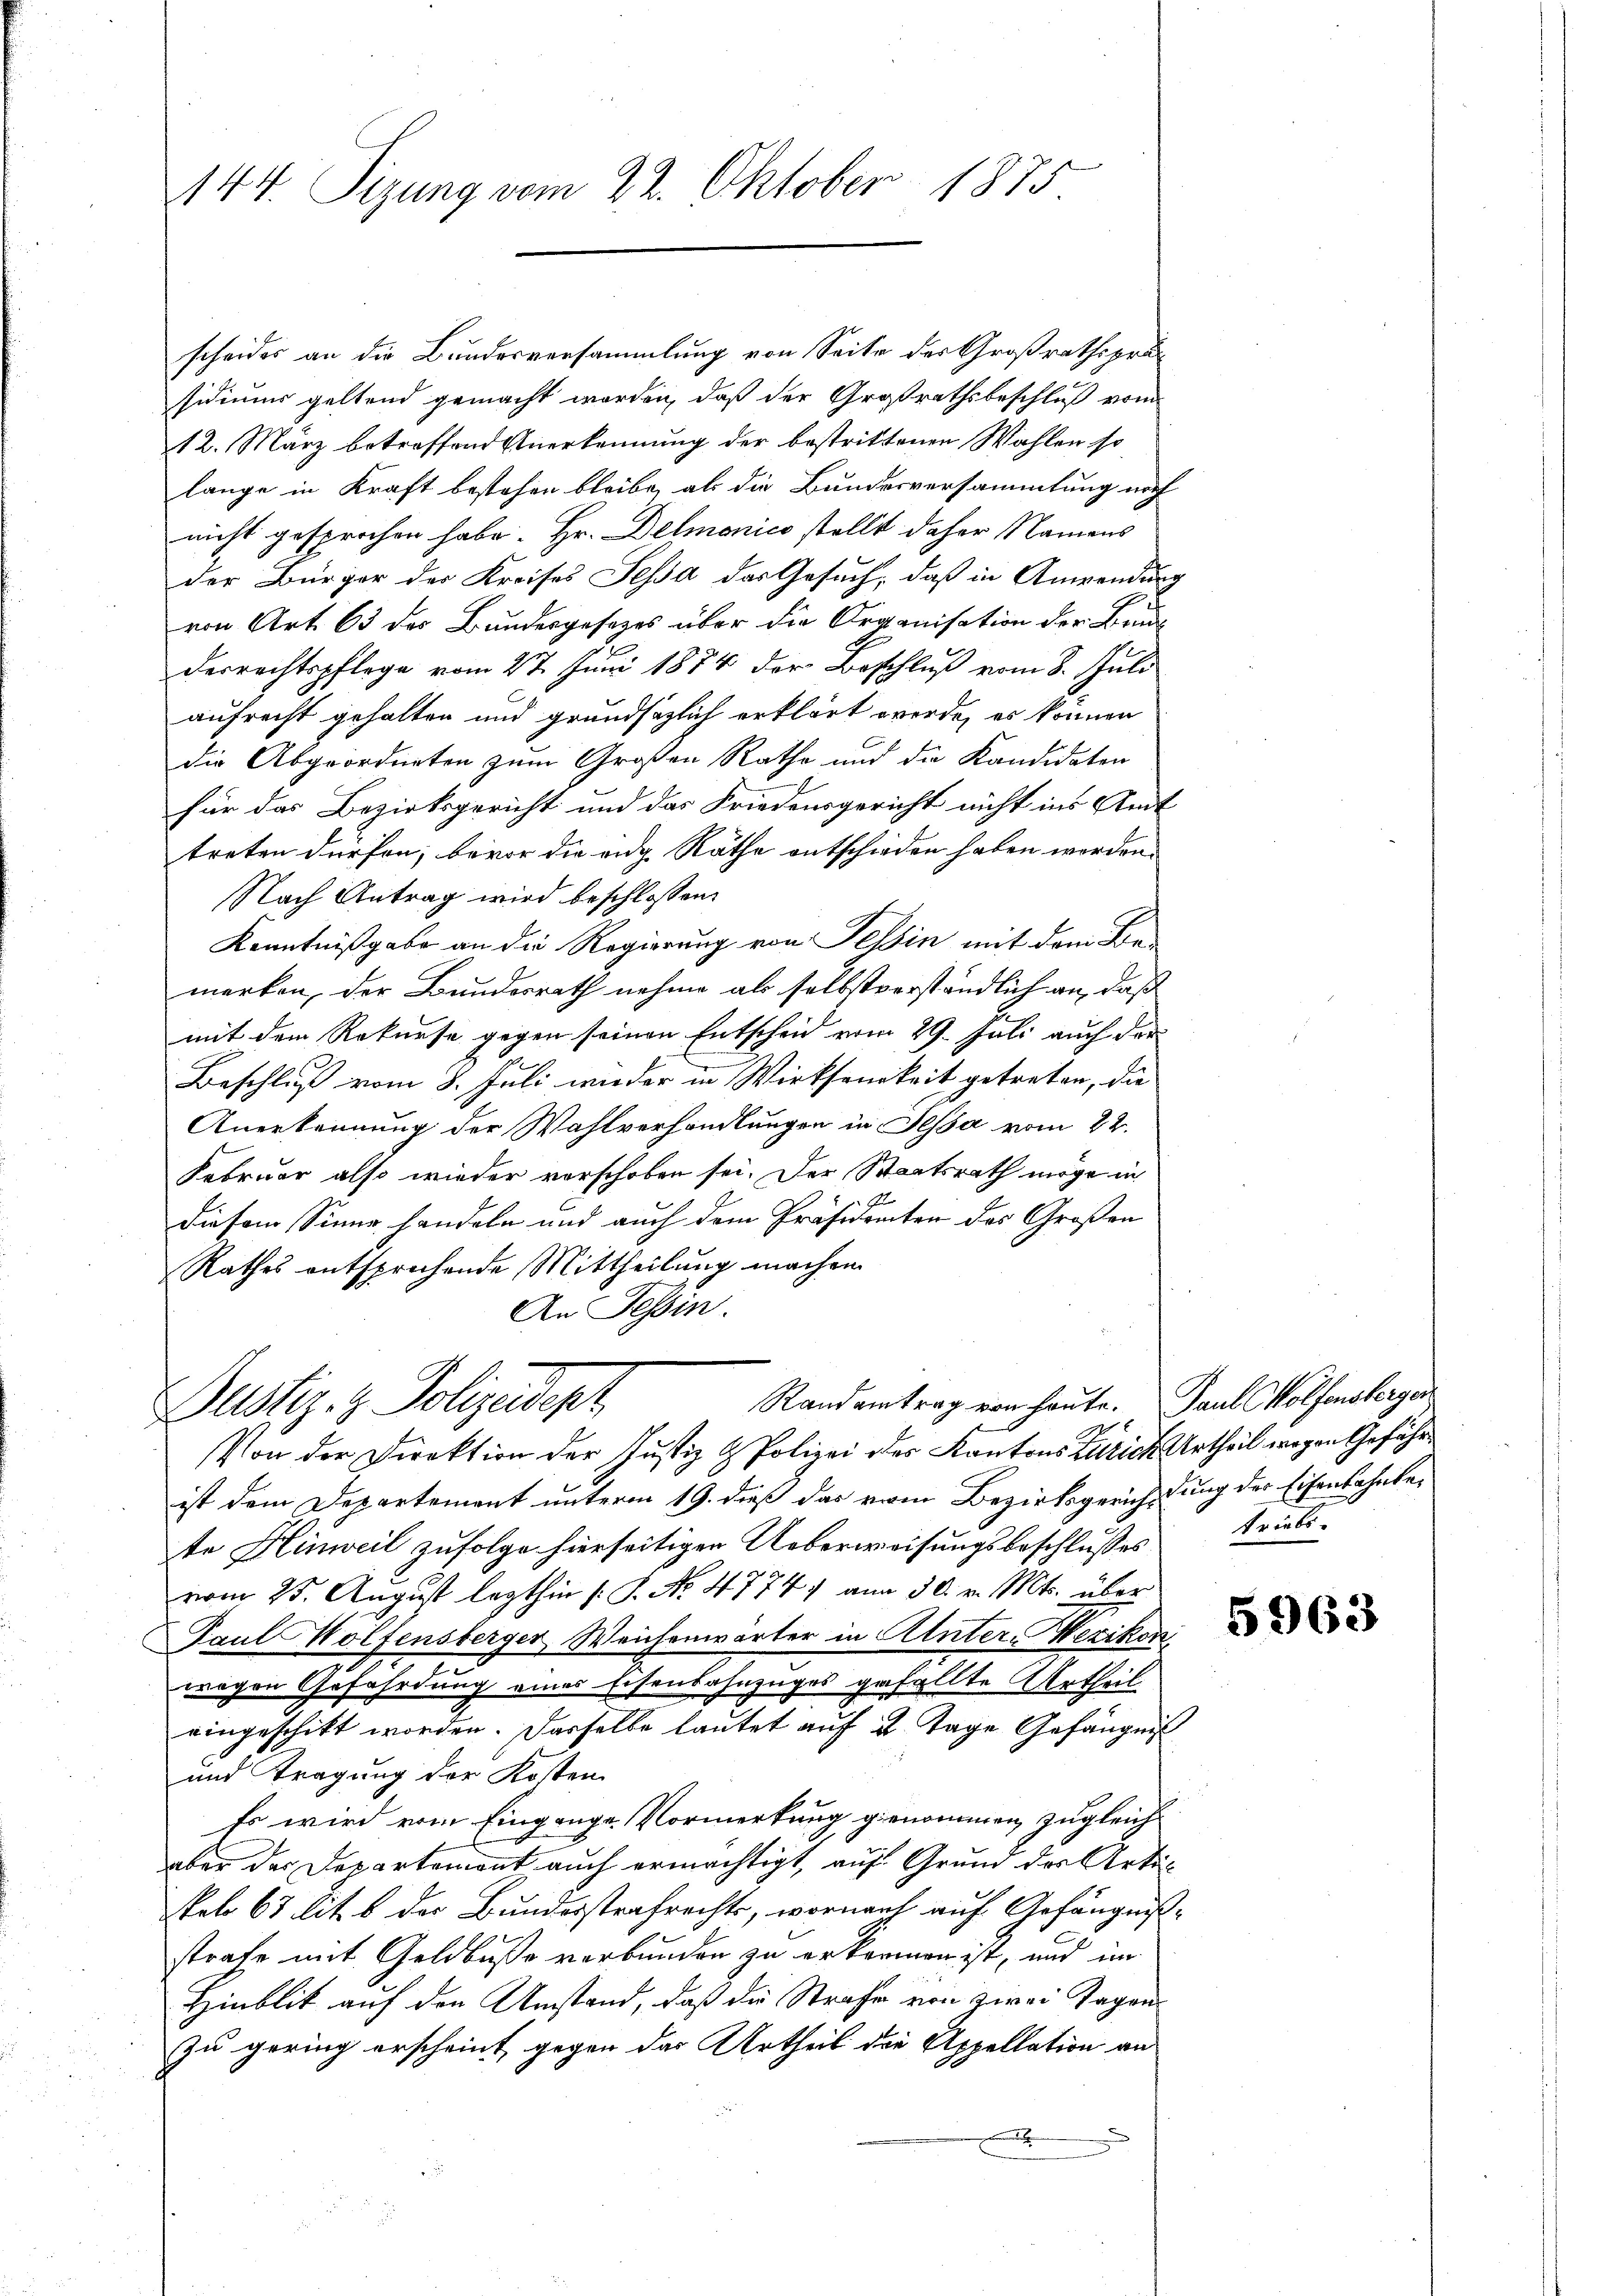
144. Sizung vom 22. Oktober 1875

scheides an die Bundesversammlung von Seite der Großrathspräsidiums geltend gemacht worden, daß der Großrathsbeschluß vom
12. März betreffend Anerkennung der bestrittenen Wahlen so
lange in Kraft bestehen bleibe, als die Bundesversammlung noch
nicht gesprochen habe. Hr. Demonico stellt daher Namens
der Bürger der Kreises Tessa das Gesuch, daß in Anwendung
von Art. 63 des Bundesgesetzes über die Organisation der Bauderrechtspflege vom 27. Juni 1874 der Beschluß vom 8. Juli
aufrecht gehalten und grundsätzlich erklärt werde, es können
die Abgeordneten zum Großen Rathe und die Kandidaten
für das Bezirksgericht und das Friedensgericht nicht ins Amt
treten dürfen, bevor die eidg Räthe entschieden haben werden.
Nach Antrag wird beschlossen:
Kenntnißgabe an die Regierung von Tessin mit dem Be-
merken, der Bundesrath nehme als selbstverständlich an, daß
mit dem Rekurse gegen seinen Entscheid vom 29. Juli auch der
Beschluß vom 8. Juli wieder in Wirksamkeit getreten, die
Anerkennung der Wahlverhandlungen in Jessa vom 22.
Februar also wieder vorschoben sei. Der Staatsrath möge in
Er
diesem Sinne handeln und auch dem Präsidenten des Großen
Rathes entsprechende Mittheilung machen
An Tessin.

Randantrag von heute.
Justiz- & Polizeidepz

Von der Direktion der Justiz & Polizei des Kantons Zürich Urtheil wegen Geführ
ist dem Departement unterm 19. dieß das vom Bezirksgerichtung der Eisenbahnte,
te Hinweil zufolge hierseitigen Ueberweisungsbeschlusses
vom 25. August lezthin /: P. No. 4774) am 30. v. Mts. über
Paul Wolfensberger Weichenwärter in Unter-Mexikon,
wegen Gefährdung eines Eisenbahnzuges gefällte Urtheil
eingeschikt worden. Dasselbe lautet auf 2 Tage Gefängniß
und Tragung der Kosten
Es wird vom Eingange Vormerkung genommen zugleich
aber der Departement auch ermächtigt, auf Grund des Artikobo 63 lit. b der Bundesstrafrechts, wornach auf Gefängnißstrafe mit Geldbuße verbunden zu erkennen ist, und im
Hinblik auf den Umstand, daß die Strafe von zwei Tagenzu gering erscheint, gegen das Urtheil die Appellation an
.

Paul Wolfensberge
triebs

5963